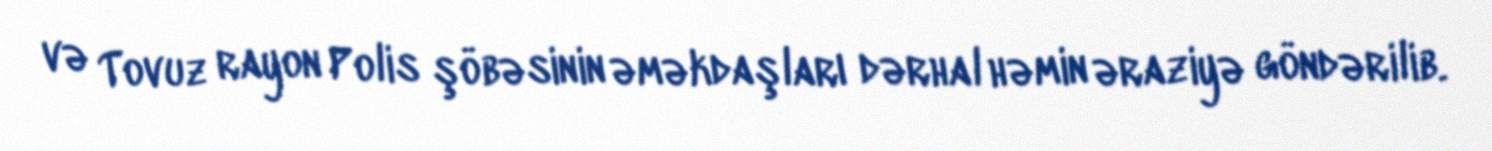
və Tovuz rayon Polis şöbəsinin əməkdaşları dərhal həmin əraziyə göndərilib.